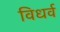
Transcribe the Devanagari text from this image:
विधर्व